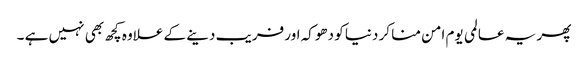
پھر یہ عالمی یوم امن منا کر دنیا کو دھوکہ اور فریب دینے کے علاوہ کچھ بھی نہیں ہے ۔